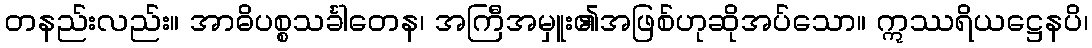
တနည်းလည်း။ အာဓိပစ္စသင်္ခါတေန၊ အကြီအမှူး၏အဖြစ်ဟုဆိုအပ်သော။ ဣဿရိယဋ္ဌေနပိ၊